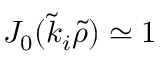
J _ { 0 } ( \tilde { k } _ { i } \tilde { \rho } ) \simeq 1